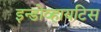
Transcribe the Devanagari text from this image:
इन्डोव्हायटिस